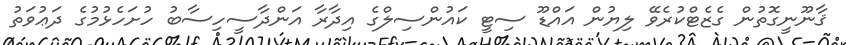
ޤާނޫނީގޮތުން ގެޒެޓްކުރެވޭ ލިޔުން އައްޑޫ ސިޓީ ކައުންސިލްގެ އިދާރާ އަންދާސީހިސާބު ހުށަހެޅުމުގެ ދަޢުވަތު